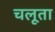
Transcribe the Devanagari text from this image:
चलूता